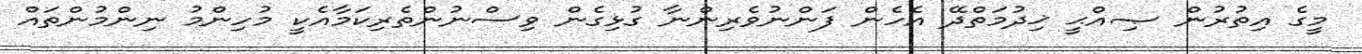
މީގެ އިތުރުން ޞިއްޙީ ޚިދުމަތްދޭ އެހެން ފަންނުވެރިންނާ ގުޅިގެން ވިސްނުންތެރިކަމާއެކީ މުހިންމު ނިންމުންތައް